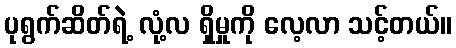
ပုရွက်ဆိတ်ရဲ့ လုံ့လ ရှိမှုကို လေ့လာ သင့်တယ်။